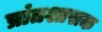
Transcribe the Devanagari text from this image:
प्रांतशासक